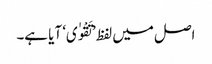
اصل میں لفظ ’تَقْوٰی‘ آیا ہے۔